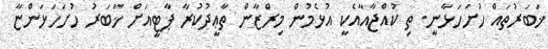
ޚަބަރުތައް ހުށަހަޅާނީ. ތި ކުއްޖާއާއެކީ އުޅެމުން މިރްޒާން ތާޢީދުކުރާ ޕާޓީއަށް ޚަބަރު ހުށަހަޅަންޏާ